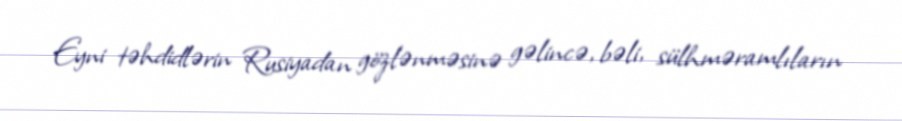
Eyni təhdidlərin Rusiyadan gözlənməsinə gəlincə, bəli, sülhməramlıların